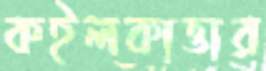
কইলকাত্তার